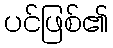
ပင်ဖြစ်၏